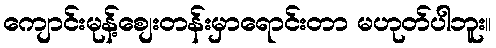
ကျောင်းမုန့်စျေးတန်းမှာရောင်းတာ မဟုတ်ပါဘူး။